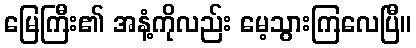
မြေကြီး၏ အနံ့ကိုလည်း မေ့သွားကြလေပြီ။